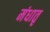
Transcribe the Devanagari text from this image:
मंधातृ